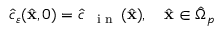
\begin{array} { r } { \hat { c } _ { \varepsilon } ( \hat { \mathbf x } , 0 ) = \hat { c } _ { \mathrm { ~ \tiny ~ { ~ i ~ n ~ } ~ } } ( \hat { \mathbf x } ) , \quad \hat { \mathbf x } \in \hat { \Omega } _ { p } } \end{array}